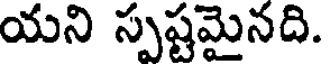
యని స్పష్టమైనది.